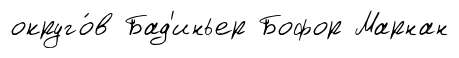
округо́в Бад'иньер Бофор Марнан